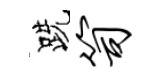
跣笥